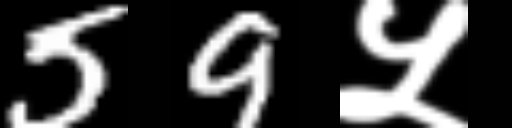
Text: 59५